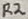
Text: R2